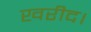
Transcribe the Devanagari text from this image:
खरीद।